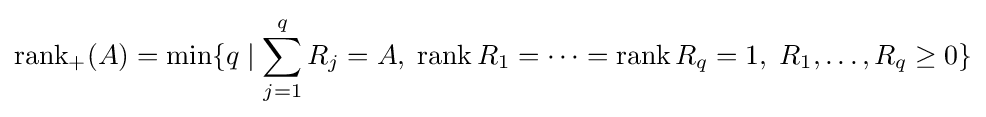
{\mbox{rank}}_{+}(A)=\min\{q\mid \sum _{j=1}^{q}R_{j}=A,\;{\mbox{rank}}\,R_{1}=\dots ={\mbox{rank}}\,R_{q}=1,\;R_{1},\dots ,R_{q}\geq 0\}